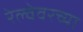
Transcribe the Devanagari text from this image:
रेल्वेवरच्या